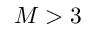
M > 3